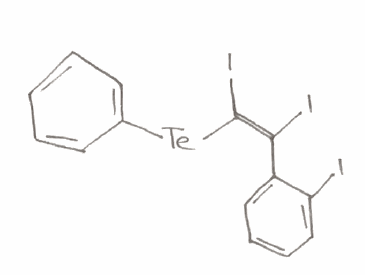
Simplified molecular-input line-entry system (SMILES) notation of the given molecule:
C1=CC=C(C=C1)[Te]/C(=C(\C2=CC=CC=C2I)/I)/I